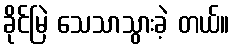
ခိုင်မြဲ သေသာသွားခဲ့ တယ်။